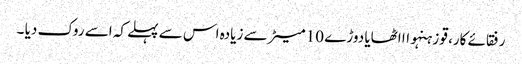
رفقائے کار، قو زہنہواا اٹھایا دوڑے 10 میٹر سے زیادہ اس سے پہلے کہ اسے روک دیا ۔